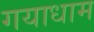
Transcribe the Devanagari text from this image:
गयाधाम